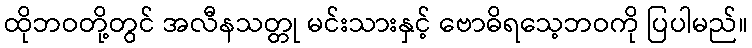
ထိုဘဝတို့တွင် အလီနသတ္တု မင်းသားနှင့် ဗောဓိရသေ့ဘဝကို ပြပါမည်။